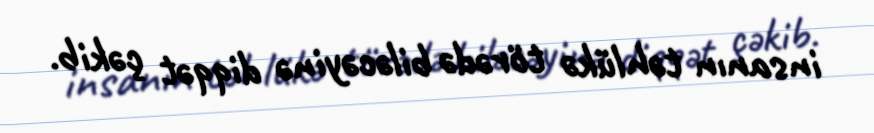
insanın təhlükə törədə biləcəyinə diqqət çəkib.